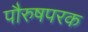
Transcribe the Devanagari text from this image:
पौरुषपरक